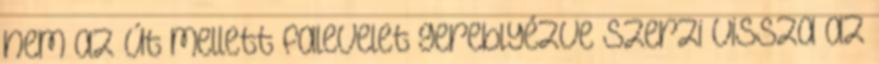
nem az út mellett falevelet gereblyézve szerzi vissza az